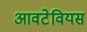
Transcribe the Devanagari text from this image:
आवटेवियस